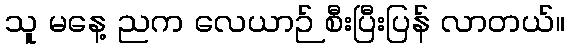
သူ မနေ့ ညက လေယာဉ် စီးပြီးပြန် လာတယ်။